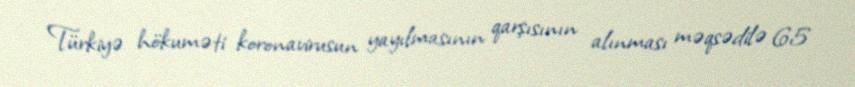
Türkiyə hökuməti koronavirusun yayılmasının qarşısının alınması məqsədilə 65